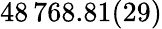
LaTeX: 48\, 768.81(29)